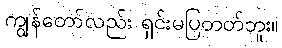
ကျွန်တော်လည်း ရှင်းမပြတတ်ဘူး။